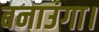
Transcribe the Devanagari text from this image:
बनाउंगा।